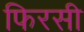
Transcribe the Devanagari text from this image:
फिरसी